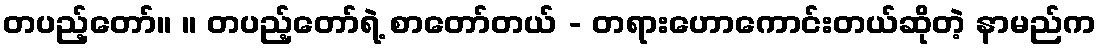
တပည့်တော်။ ။ တပည့်တော်ရဲ့ စာတော်တယ် - တရားဟောကောင်းတယ်ဆိုတဲ့ နာမည်က